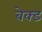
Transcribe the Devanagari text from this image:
बेक्‍ड